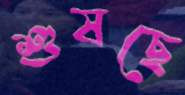
শুষছে